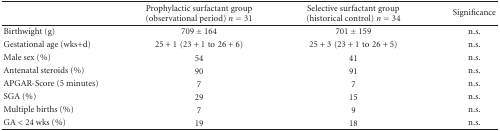
<table><thead><tr><td></td><td><b>Prophylactic surfactant group (observational period) <i>n</i> = 31</b></td><td><b>Selective surfactant group (historical control) <i>n</i> = 34</b></td><td><b>Significance</b></td></tr></thead><tbody><tr><td>Birthwight (g)</td><td>709 ± 164</td><td>701 ± 159</td><td>n.s.</td></tr><tr><td>Gestational age (wks+d)</td><td>25 + 1 (23 + 1 to 26 + 6)</td><td>25 + 3 (23 + 1 to 26 + 5)</td><td>n.s.</td></tr><tr><td>Male sex (%)</td><td>54</td><td>41</td><td>n.s.</td></tr><tr><td>Antenatal steroids (%)</td><td>90</td><td>91</td><td>n.s.</td></tr><tr><td>APGAR-Score (5 minutes)</td><td>7</td><td>7</td><td>n.s.</td></tr><tr><td>SGA (%)</td><td>29</td><td>15</td><td>n.s.</td></tr><tr><td>Multiple births (%)</td><td>7</td><td>9</td><td>n.s.</td></tr><tr><td>GA &lt; 24 wks (%)</td><td>19</td><td>18</td><td>n.s.</td></tr></tbody></table>